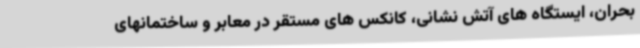
بحران، ایستگاه های آتش نشانی، کانکس های مستقر در معابر و ساختمانهای